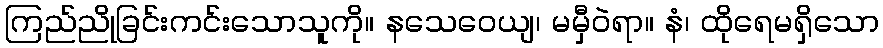
ကြည်ညိုခြင်းကင်းသောသူကို။ နသေဝေယျ၊ မမှီဝဲရာ။ နံ၊ ထိုရေမရှိသော